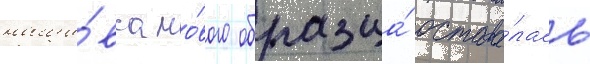
наши́вка но́вого образца́ остава́лась